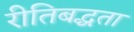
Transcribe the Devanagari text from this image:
रीतिबद्धता